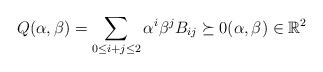
LaTeX: \begin{align*}Q(\alpha, \beta)=\sum_{0\leq i+j\leq 2} \alpha^i\beta^j B_{ij}\succeq 0 (\alpha,\beta)\in \mathbb{R}^2\end{align*}